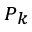
\scriptstyle P _ { k }